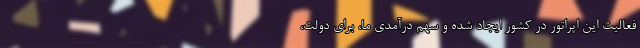
فعالیت این اپراتور در کشور ایجاد شده و سهم درآمدی ما، برای دولت،